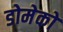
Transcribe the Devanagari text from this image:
डोमेको